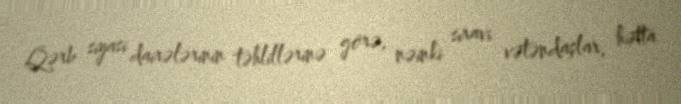
Qərb siyasi dairələrinin təhlillərinə görə, nəinki sıravi vətəndaşlar, hətta